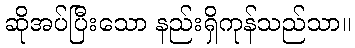
ဆိုအပ်ပြီးသော နည်းရှိကုန်သည်သာ။